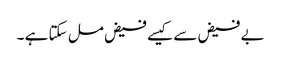
بے فیض سے کیسے فیض مل سکتا ہے ۔